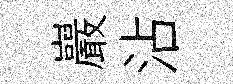
巖沾